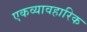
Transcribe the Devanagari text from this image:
एकव्यावहारिक